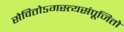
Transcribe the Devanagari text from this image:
सेवितोऽगस्त्यसंपूजितो